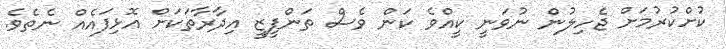
ކުށްކުރުމަށް ޖެހިލުން ނުވަނީ ކީއްވެ ކަން ވެސް ތަންފީޒީ އިދާރާތަކަށް އޮޅިފައެއް ނެތެވެ.